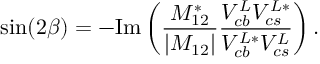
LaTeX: \sin ( 2 \beta ) = - \mathrm { I m } \left( { \frac { M _ { 1 2 } ^ { * } } { | M _ { 1 2 } | } } { \frac { V _ { c b } ^ { L } V _ { c s } ^ { L * } } { V _ { c b } ^ { L * } V _ { c s } ^ { L } } } \right) .